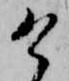
け